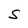
Character: S